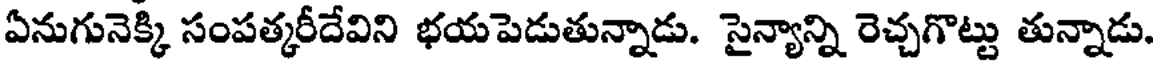
ఏనుగునెక్కి సంపత్కరీదేవిని భయపెడుతున్నాడు. సైన్యాన్ని రెచ్చగొట్టు తున్నాడు.